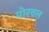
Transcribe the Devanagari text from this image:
पोरवल